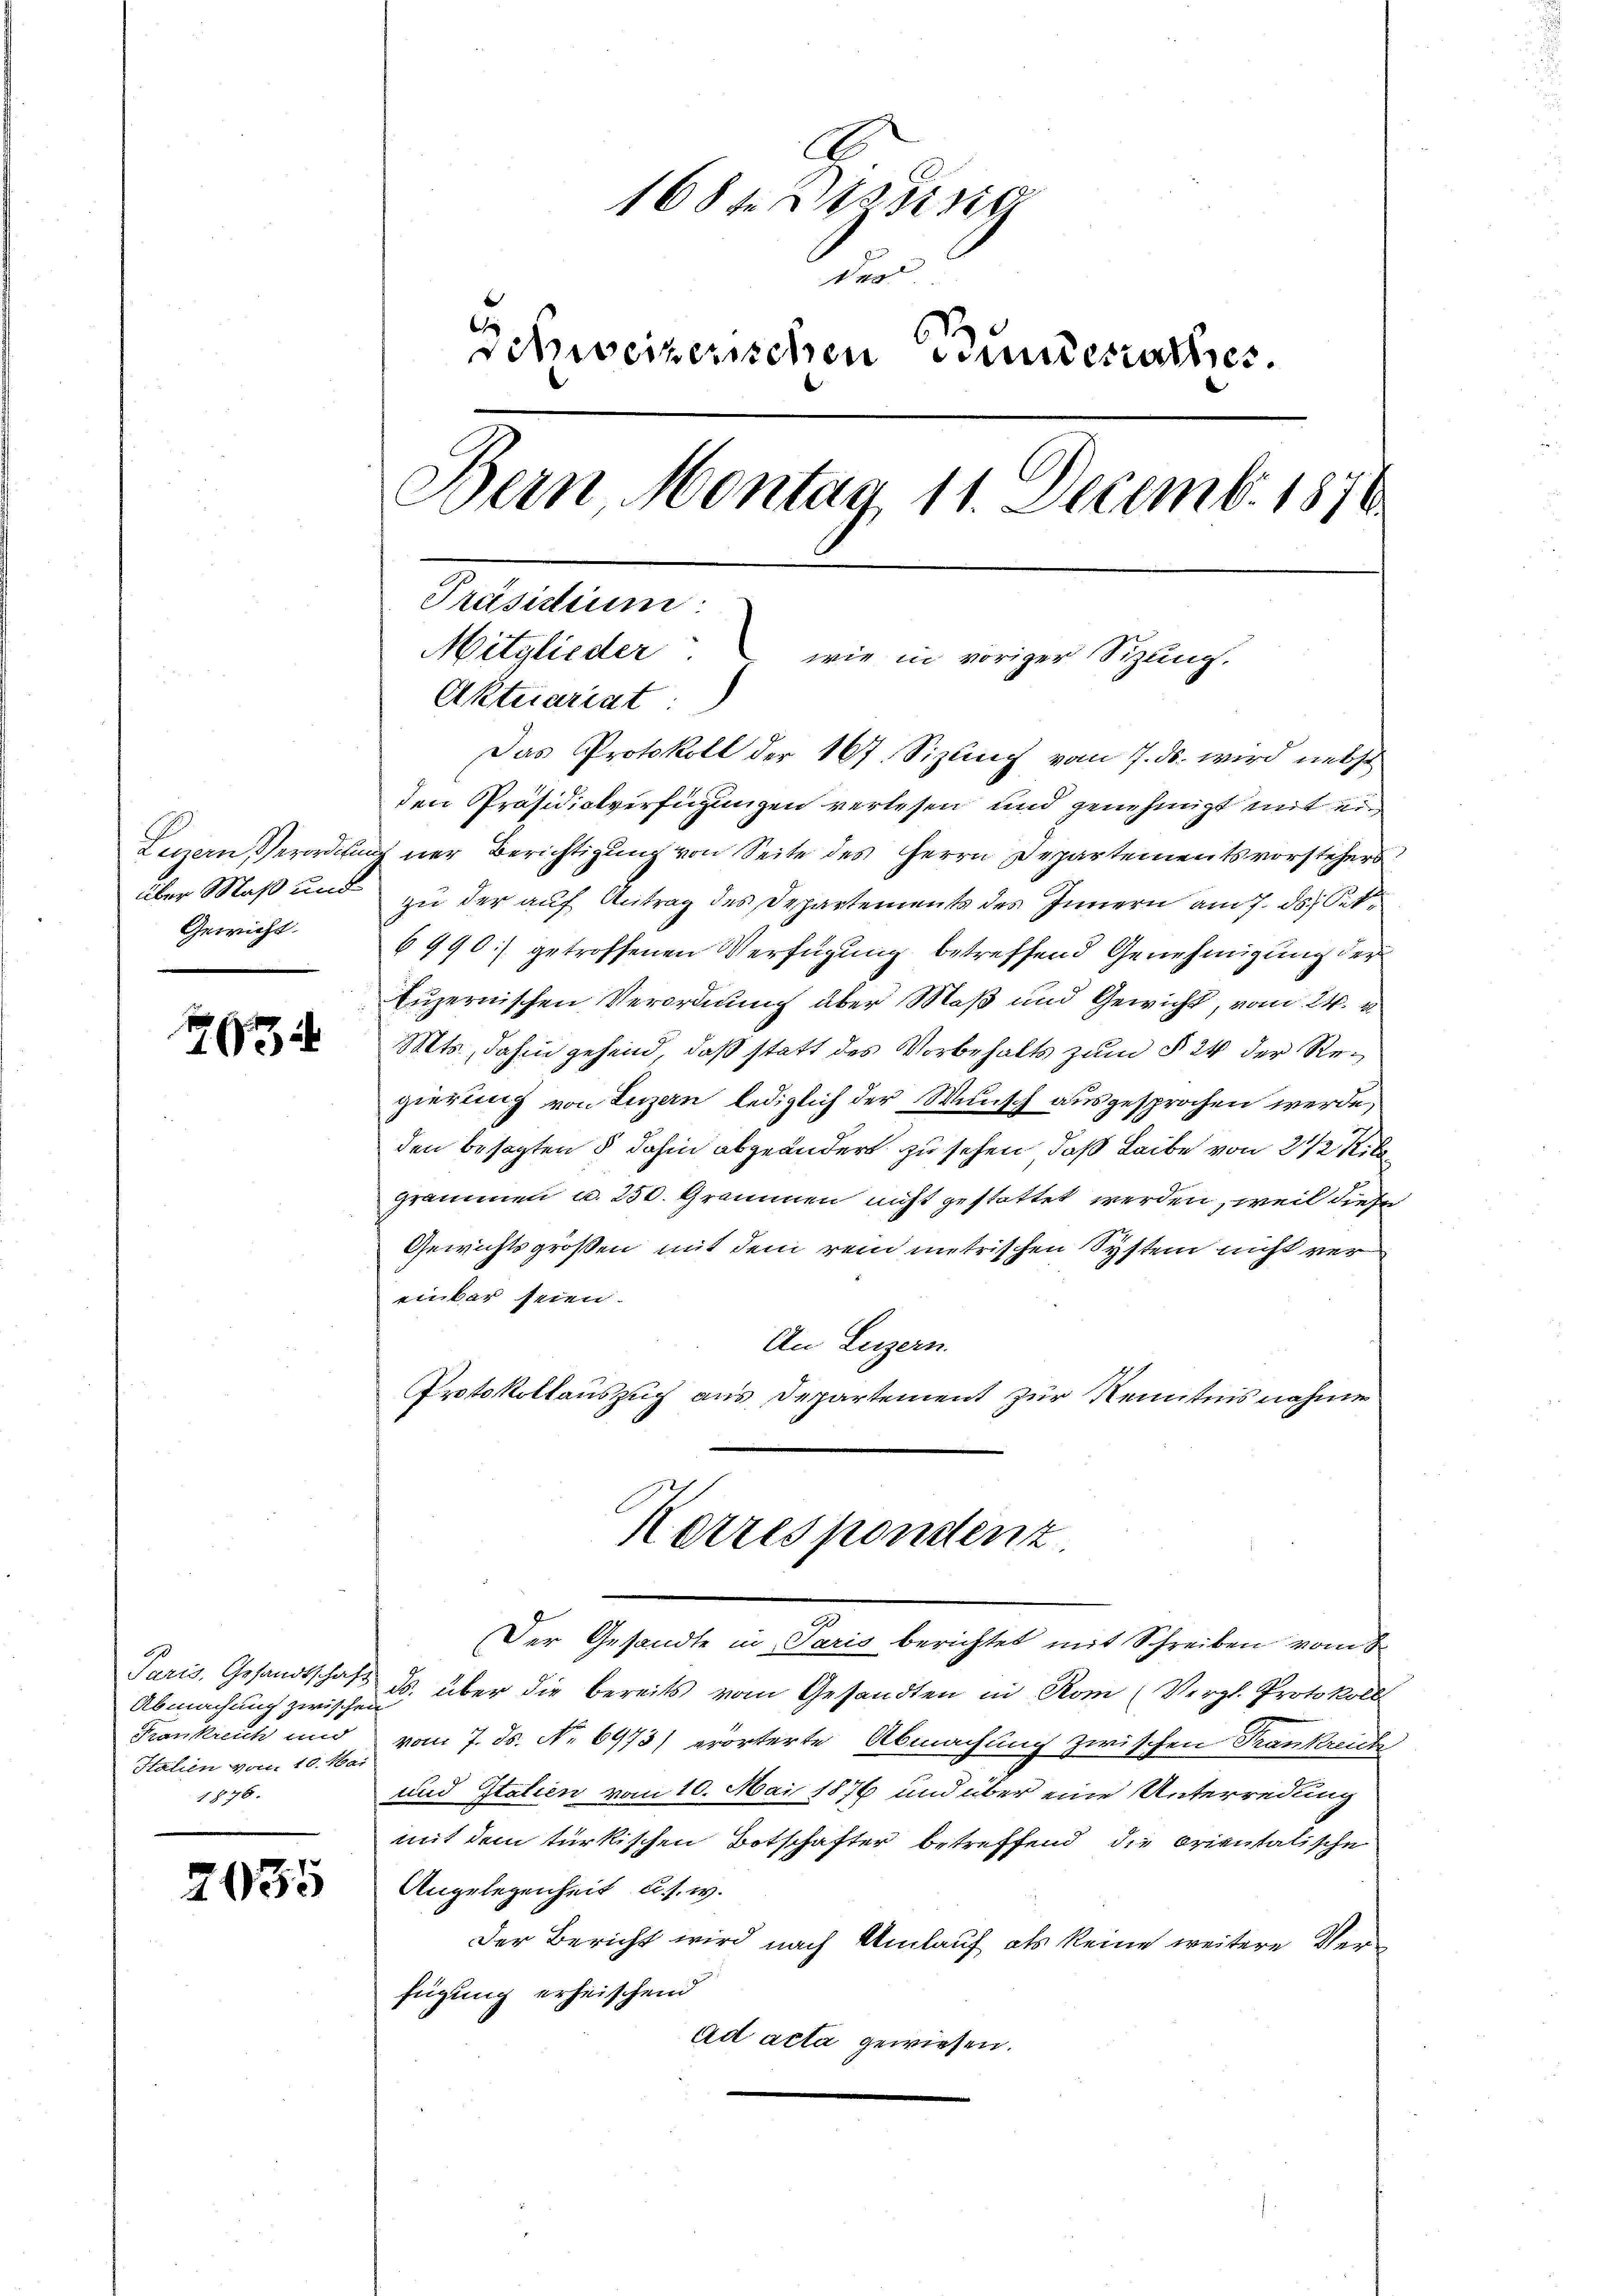
Gewicht.

767

Abmachung zwischen
Frankreich und
Italien vom 10. Mai
1876.

2035

C
168 f. Brennig
t
Schweizerischen Bundesrathes.
Bern, Montag 11. Decemb. 1876
Präsidium:
Mitglieder wie in voriger Sizŭng.
Aktuariat:

Das Protokoll der 167. Sizlich vom 7. ds. wird nebst
den Präsidialverfügungen verlesen und genehmigt mit ein
Luzern, Verordnung ner Berichtigung von Seite des Herrn Departementsvorstehers
über Maß und zu der aŭf Antrag des Departements des Innern am 7. ds. Sek¬
6990] getroffenen Verfügung betreffend Genehmigung der
Luzernischen Verordnung über Maß und Gewicht, vom 24.
Mts., dahin gehend, daß statt des Vorbehalts zum § 24 der Regierung von Luzern, lediglich der Wunsch ausgesprochen werde,
den besagten § dahin abgeändert zu sehen, daß Leibe von 2 1/2 R
grammen u. 250. Grammen nicht gestattet werden, weil diese
Gewichtsgroßen mit dem rein metrischen System nicht vereinbar seien.
An Luzern.
Protokollauszug aus Departement zur Kenntnis nahme
Kerrespondenz
n
Der Gesandte in Paris berichtet mit Schreiben vom 8
Paris. Gesandtschaft ds. über die bereits vom Gesandten in Rom (Vergl. Protokoll
vom 7. ds. No 6973) erörterte Abmachung zwischen Trankreiche
und Italien vom 10. Mai 1876 und über eine Unterredung
mit dem türkischen Botschafter betreffend die orientalische
Angelegenheit u. s. w.
Der Bericht wird nach Umlauf als keine weitere Verfügung erheischend
Ad acta gewiesen.